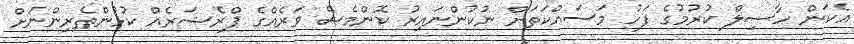
އެކަން ހާސިލް ކުރުމުގެ ފަހު މަސައްކަތަށް ނުކުންނައިރު ކޮންމެސް ވަރެއްގެ ޕްރެޝަރެއް ކުޅުންތެރިންނަށް